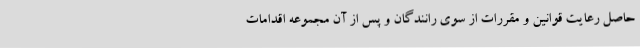
حاصل رعایت قوانین و مقررات از سوی رانندگان و پس از آن مجموعه اقدامات